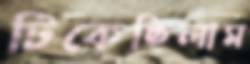
টিকেছিলাম